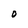
Character: O